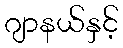
ဂျာနယ်နှင့်